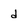
Character: d